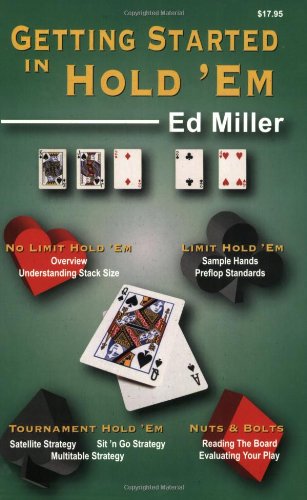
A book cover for Getting Started in Hold 'em; Ed Miller; Humor & Entertainment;